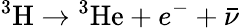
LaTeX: ^{3}\mathrm{H}\rightarrow{}^{3}\mathrm{He}+e^{-}+{\bar{\nu}}